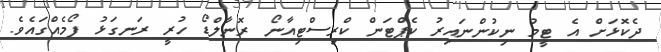
ދެކޮޅަށް އެ ޓީމު ނިކުންނައިރު ކެޕްޓަން ކްރިސްޓިއާނޯ ރޮނާލްޑޯ ހުރީ ރަނގަޅު ފޯމެއްގައެވެ.